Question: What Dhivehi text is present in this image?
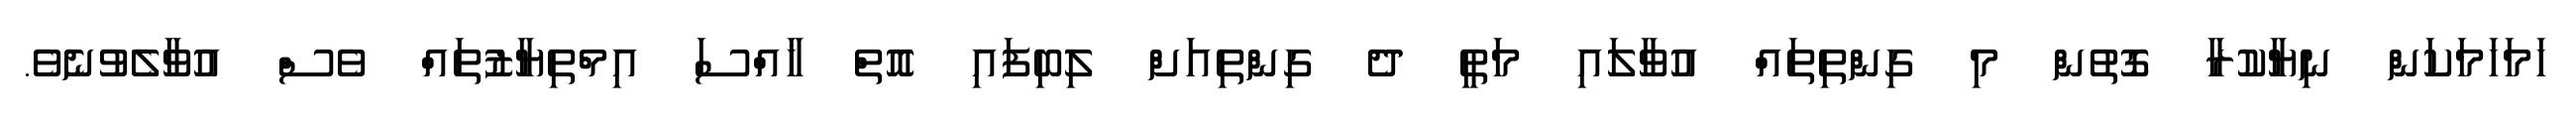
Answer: ހަމަހަމަކަން ނިޔާކުރާ ގޮތުން މި ގިންތިތައް އުވާލައި މަތީ ދެ ގިންތިއަށް ލިބިފައި އޮތް ޚާއްސަ އިމްތިޔާޒުތައް ވެސް އުވާލެވުނެވެ.